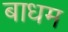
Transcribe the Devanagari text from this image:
बाधम